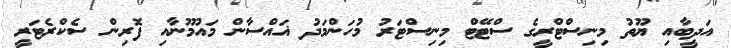
އަދީބާއި ޔޫތު މިނިސްޓްރީގެ ސްޓޭޓް މިނިސްޓަރު މުހަންމަދު ޣައްސާން މައުމޫނާއި ފޮރިން ސެކްރެޓަރީ